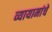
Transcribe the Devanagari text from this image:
व्यायामांचे